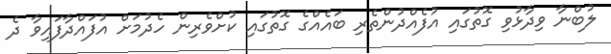
ލުބްނާ ވިދާޅުވި ގޮތުގައި އުފެއްދުންތެރި ބައެއްގެ ގޮތުގައި ކުށްވެރިން ހެދުމަށް އުފައްދާފައިވާ ދެ